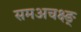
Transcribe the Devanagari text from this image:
समअचक्ष्ङ्